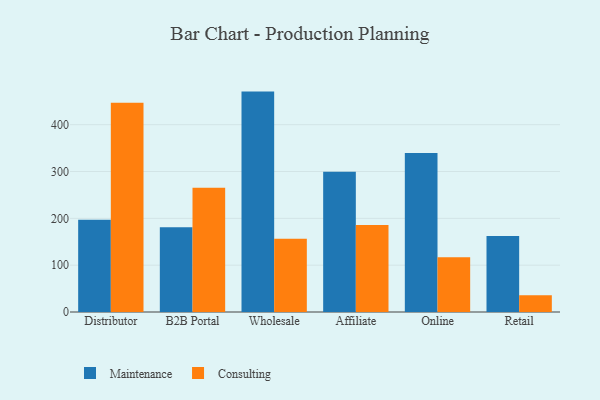
{"axis": {"x": "Channel", "y": "Operating Costs (USD K)"}, "legend": ["Consulting", "Maintenance"], "data": [{"x": "Distributor", "y": 197.1, "type": "Maintenance"}, {"x": "Distributor", "y": 446.9, "type": "Consulting"}, {"x": "B2B Portal", "y": 180.7, "type": "Maintenance"}, {"x": "B2B Portal", "y": 265.2, "type": "Consulting"}, {"x": "Wholesale", "y": 470.6, "type": "Maintenance"}, {"x": "Wholesale", "y": 156.2, "type": "Consulting"}, {"x": "Affiliate", "y": 299.4, "type": "Maintenance"}, {"x": "Affiliate", "y": 186.0, "type": "Consulting"}, {"x": "Online", "y": 339.5, "type": "Maintenance"}, {"x": "Online", "y": 117.1, "type": "Consulting"}, {"x": "Retail", "y": 162.3, "type": "Maintenance"}, {"x": "Retail", "y": 35.9, "type": "Consulting"}]}